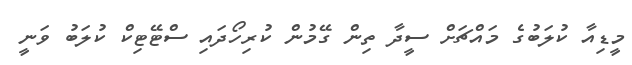
މީޑިއާ ކުލަބުގެ މައްޗަށް ސީދާ ތިން ގޭމުން ކުރިހޯދައި ސްޓޭޓިކް ކުލަބު ވަނީ